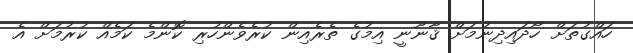
ހައްގުތަށް ހޯދައިދިނުމަށް ޤާނޫނީ އިމުގެ ތެރެއިން ކުރެވެންހުރި ކޮންމެ ކަމެއް ކުރުމަށް އެ